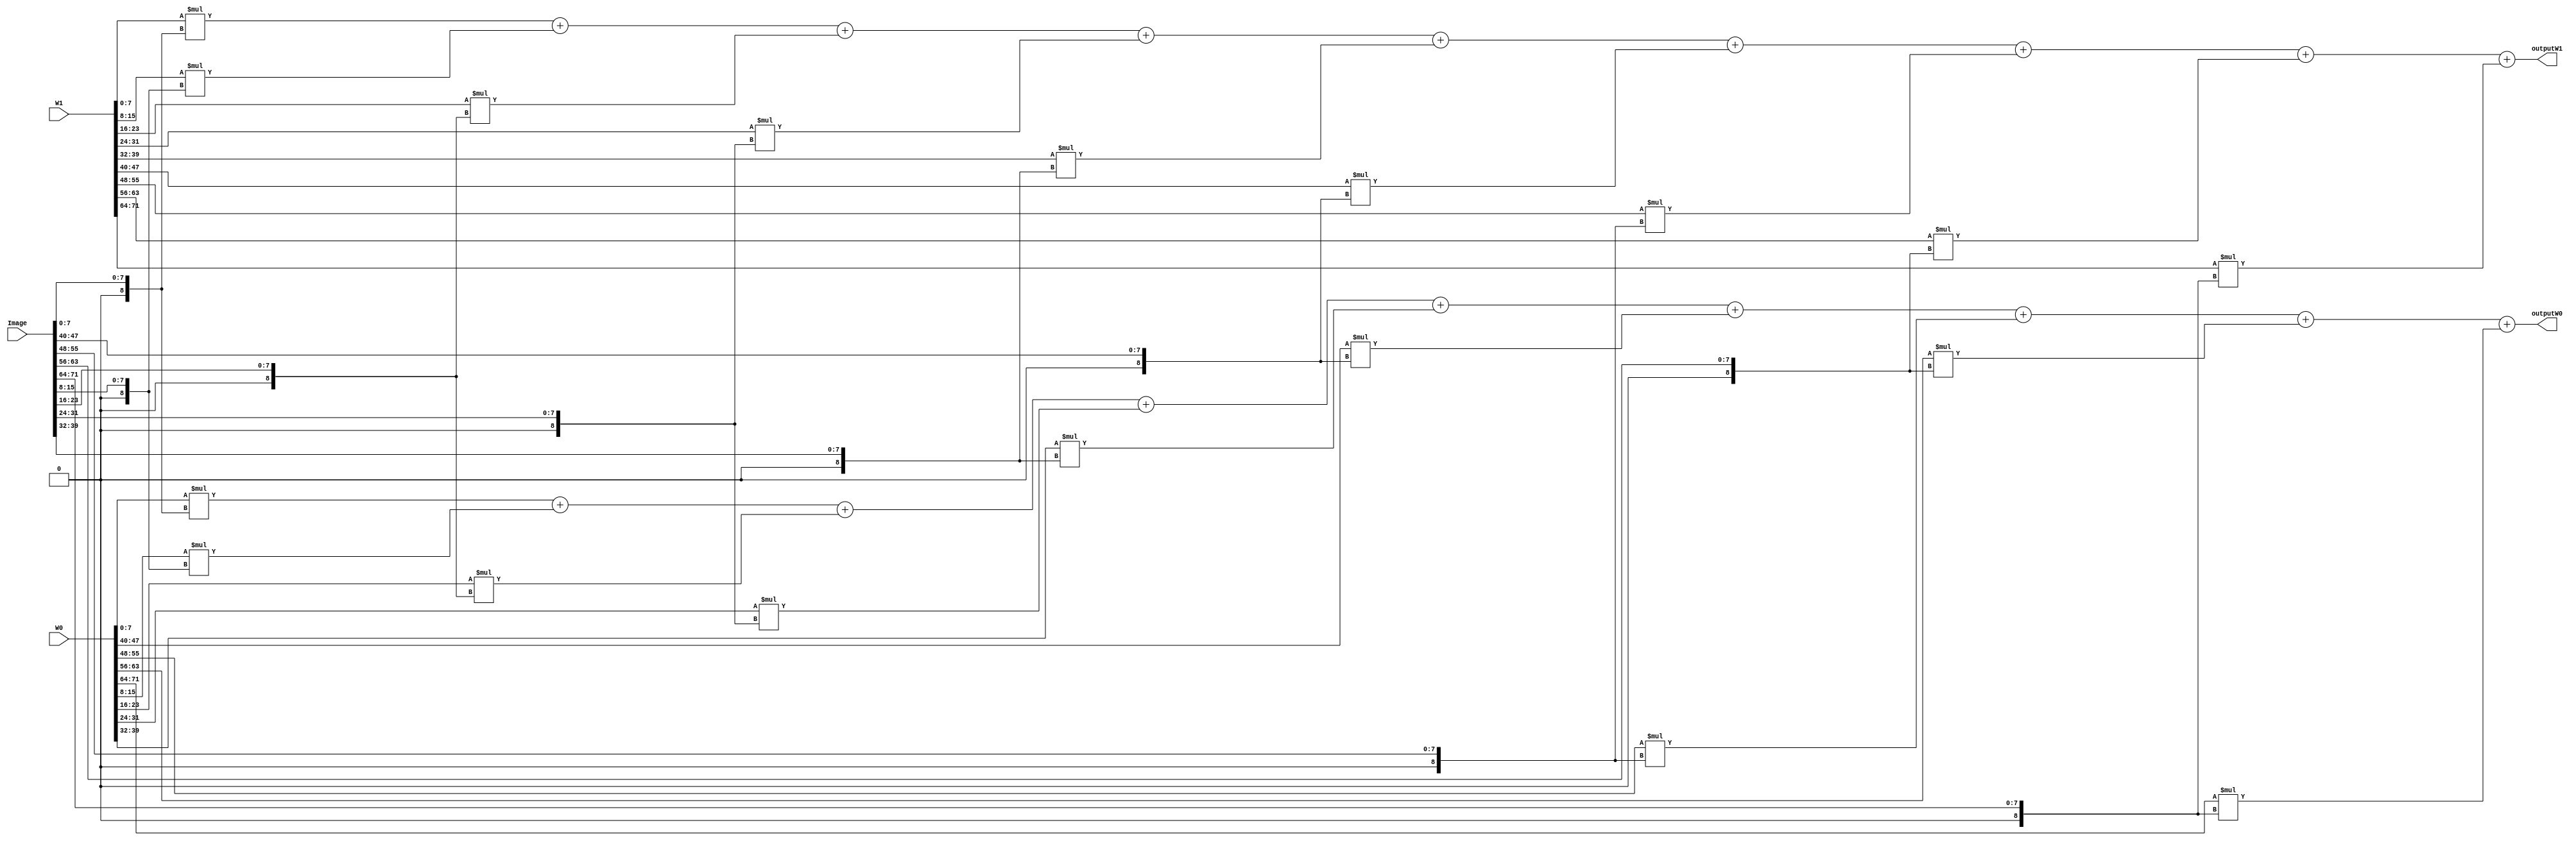
module Synapse(
input		[71:0]Image,
input		[71:0]W0,
input		[71:0]W1,
output	[15:0]outputW0,
output	[15:0]outputW1);

wire signed[8:0]		img[8:0];
wire signed[7:0]		W0_[8:0];
wire signed[7:0]		W1_[8:0];

assign {W0_[0], W0_[1], W0_[2], W0_[3], W0_[4], W0_[5], W0_[6], W0_[7], W0_[8]} = {W0[7:0], W0[15:8], W0[23:16], W0[31:24], W0[39:32], W0[47:40], W0[55:48], W0[63:56], W0[71:64]};
assign {W1_[0], W1_[1], W1_[2], W1_[3], W1_[4], W1_[5], W1_[6], W1_[7], W1_[8]} = {W1[7:0], W1[15:8], W1[23:16], W1[31:24], W1[39:32], W1[47:40], W1[55:48], W1[63:56], W1[71:64]};
assign img[0] = Image[7:0];
assign img[1] = Image[15:8];
assign img[2] = Image[23:16];
assign img[3] = Image[31:24];
assign img[4] = Image[39:32];
assign img[5] = Image[47:40];
assign img[6] = Image[55:48];
assign img[7] = Image[63:56];
assign img[8] = Image[71:64];
//assign {img[0], img[1], img[2], img[3], img[4], img[5], img[6], img[7], img[8]} = {Image[7:0], Image[15:8], Image[23:16], Image[31:24], Image[39:32], Image[47:40], Image[55:48], Image[63:56], Image[71:64]};
assign outputW0 = W0_[0]*img[0] + W0_[1]*img[1] + W0_[2]*img[2] + W0_[3]*img[3] + W0_[4]*img[4] + W0_[5]*img[5] + W0_[6]*img[6] + W0_[7]*img[7] + W0_[8]*img[8];
assign outputW1 = W1_[0]*img[0] + W1_[1]*img[1] + W1_[2]*img[2] + W1_[3]*img[3] + W1_[4]*img[4] + W1_[5]*img[5] + W1_[6]*img[6] + W1_[7]*img[7] + W1_[8]*img[8];

endmodule